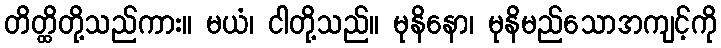
တိတ္ထိတို့သည်ကား။ မယံ၊ ငါတို့သည်။ မုနိနော၊ မုနိမည်သောအကျင့်ကို